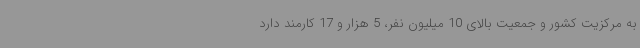
به مرکزیت کشور و جمعیت بالای 10 میلیون نفر، 5 هزار و 17 کارمند دارد